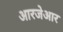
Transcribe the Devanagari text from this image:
आरजेआर